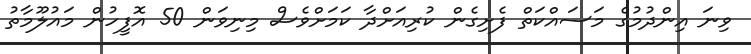
ވިނަ އިންދުމުގެ މަސައްކަތް ފެށިގެން ކުރިއަށްދާ ކަމަށްވެސް މިނިވަން 50 އޮފީހުން މައުލޫމާތު